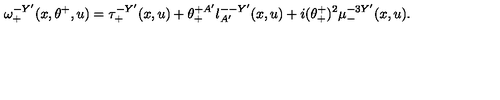
\omega _ { + } ^ { - Y ^ { \prime } } ( x , \theta ^ { + } , u ) = \tau _ { + } ^ { - Y ^ { \prime } } ( x , u ) + \theta _ { + } ^ { + A ^ { \prime } } l _ { A ^ { \prime } } ^ { -- Y ^ { \prime } } ( x , u ) + i ( \theta _ { + } ^ { + } ) ^ { 2 } \mu _ { - } ^ { - 3 Y ^ { \prime } } ( x , u ) .